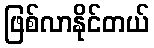
ဖြစ်လာနိုင်တယ်